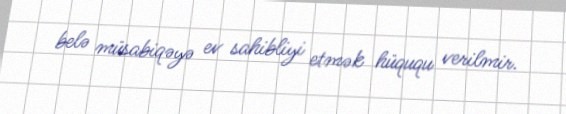
belə müsabiqəyə ev sahibliyi etmək hüququ verilmir.